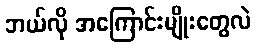
ဘယ်လို အကြောင်းမျိုးတွေလဲ